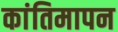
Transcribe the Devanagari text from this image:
कांतिमापन